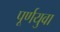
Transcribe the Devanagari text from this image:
पूर्णयुवा